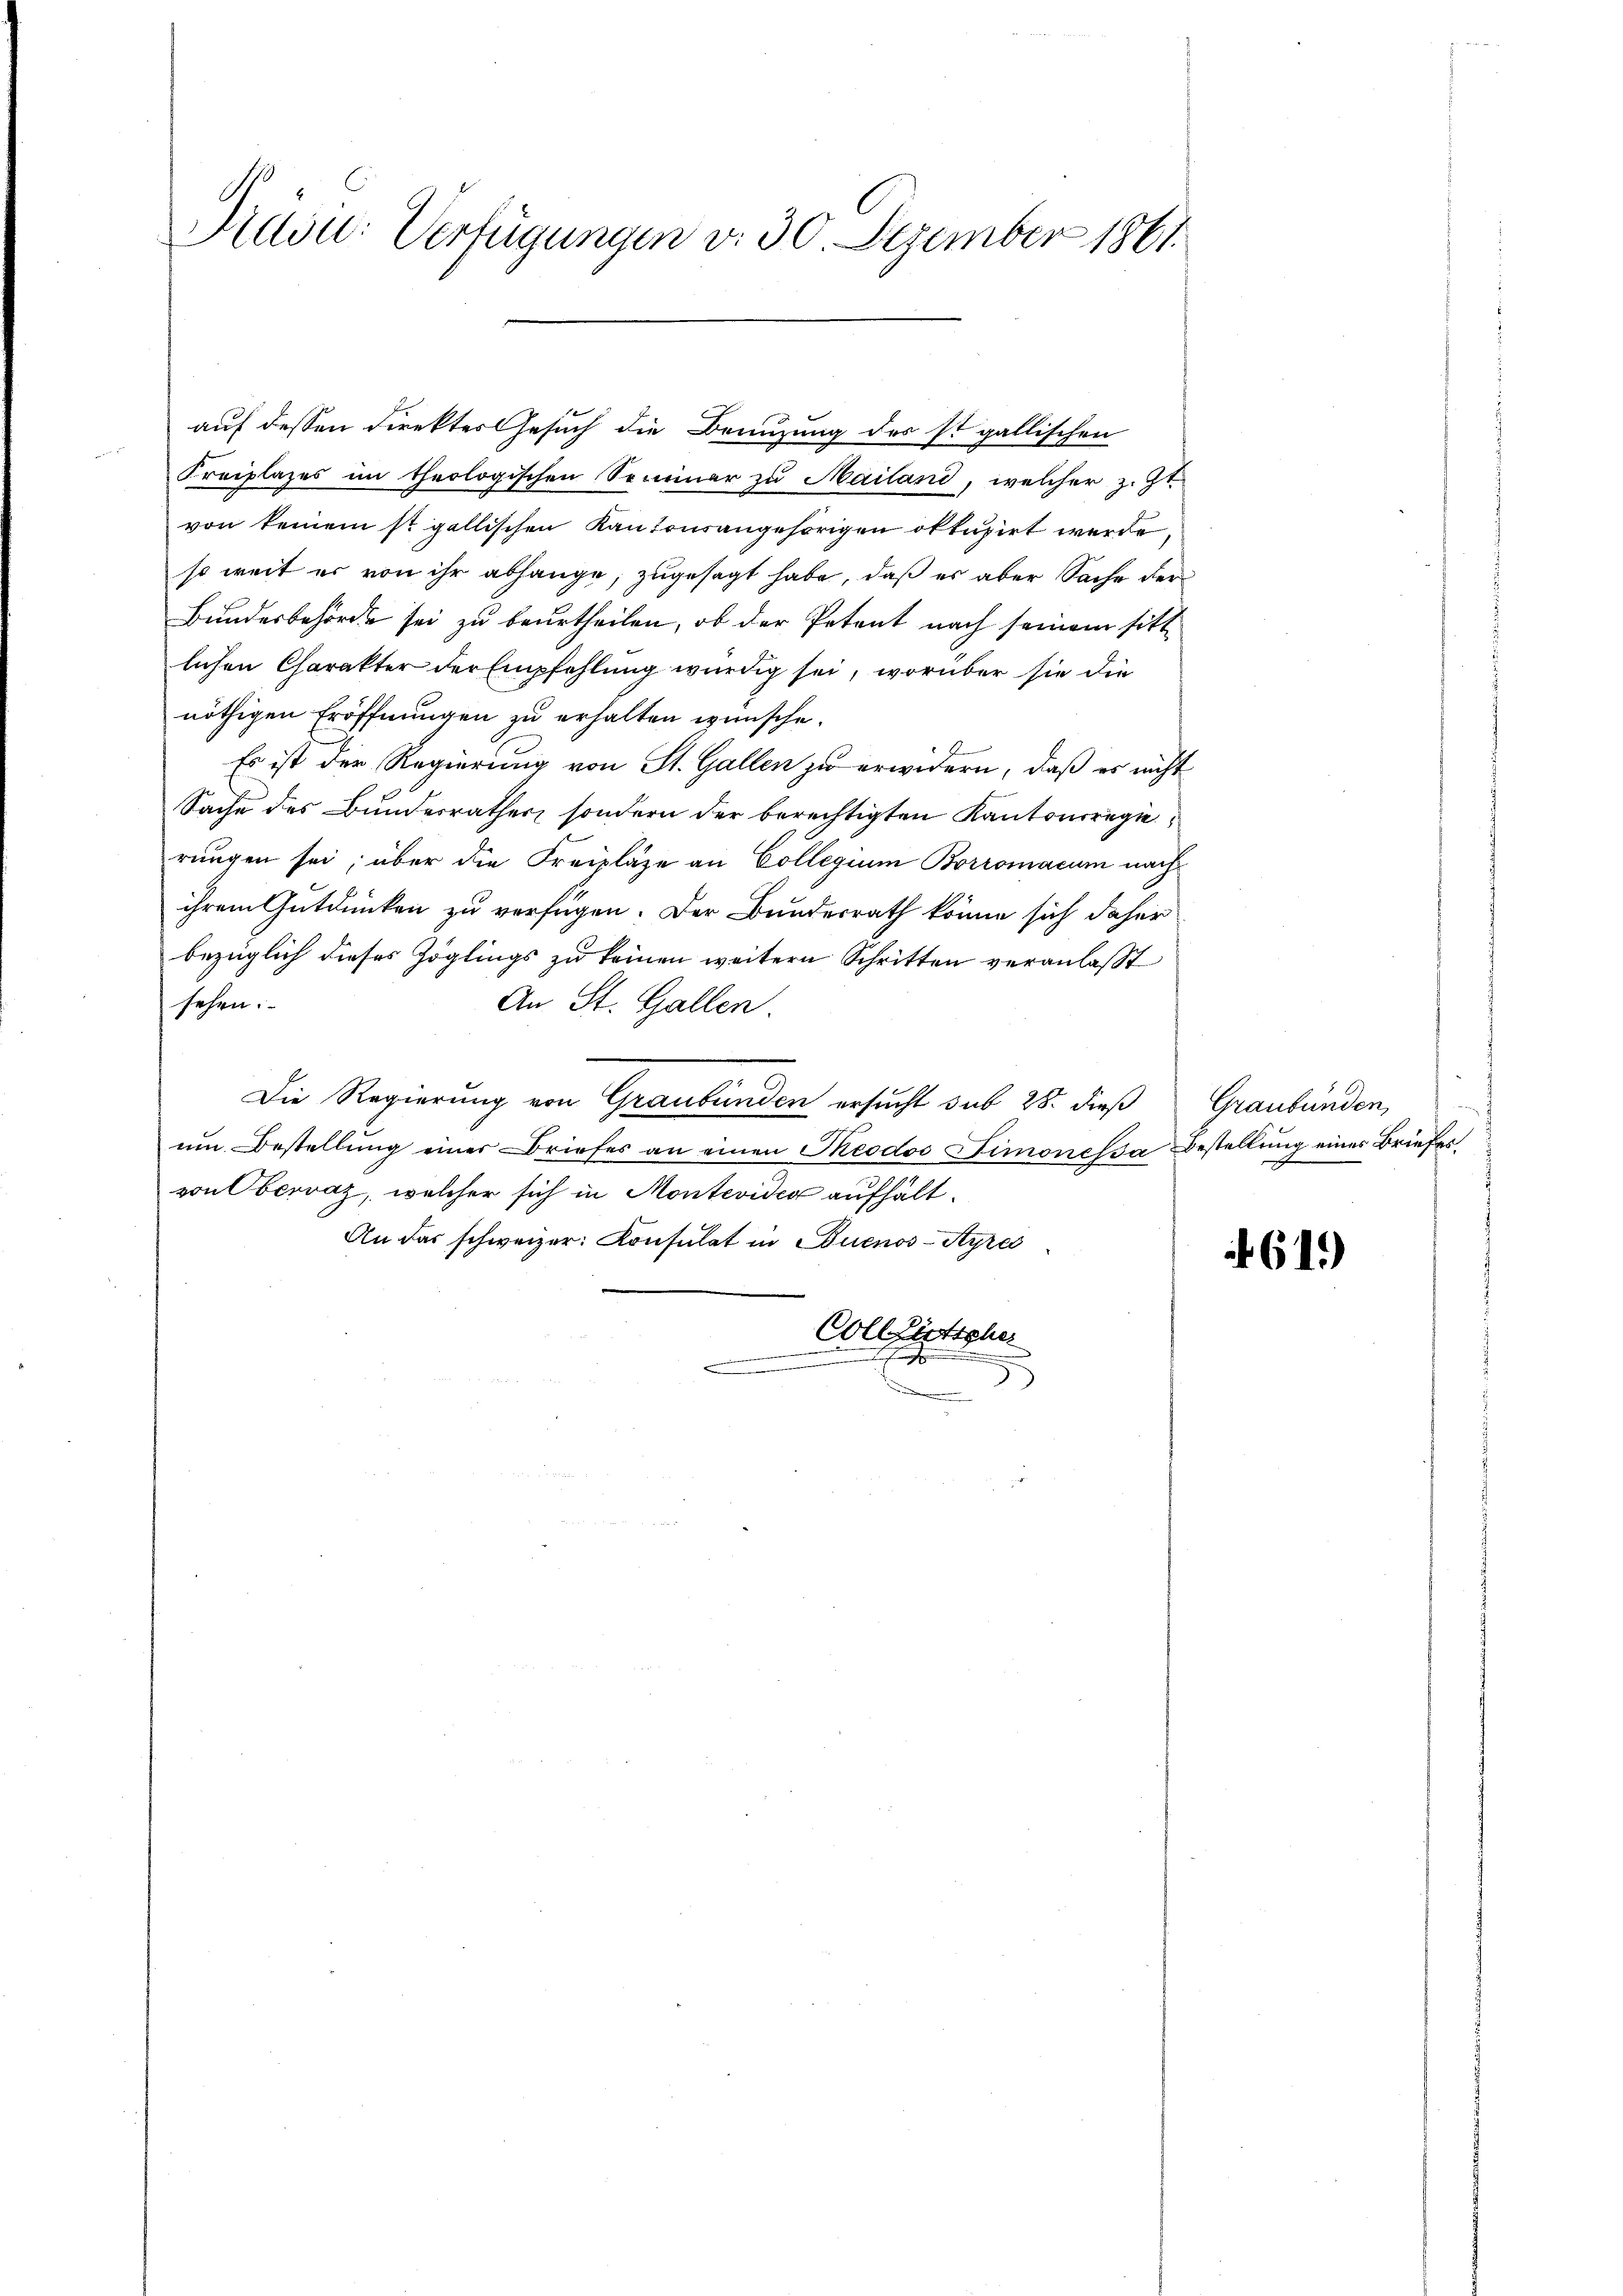
Didon: Verfügungen v. 30. Dezember 1861.

Kreiplazes im theologischen Seminar zu Mailand, welcher z. Zt.
von keinem st gallischen Kantonsangehörigen oktuzirt werde,
so weit er von ihr abhänge, zugesagt habe, daß es aber Sache der
Bundesbehörde sei zu beurtheilen, ob der Petent nach seinem sittlichen Charakter der Empfehlung würdig sei, worüber sie die
nöthigen Eröffnungen zu erhalten wünsche.
Es ist der Regierung von St. Gallen zu erwidern, daß er nicht
Sache des Bundesrathes, sondern der berechtigten Kantonsregierungen sei; über die Freizläze an Collegium Borromacum nach
ihrem Gutdünken zu verfügen. Der Bundesrath könne sich daher
bezüglich dieses Zöglings zu keinen weitern Schritten veranlasst
sehen.
An St. Gallen.
Die Regierung von Graubünden ersucht sub 28. dieß
um Bestellung einer Briefes an einen Theodor Simonessa Bestellung eines Briefesvon Obervaz, welcher sich in Montevide aufhält.
An das schweizer Konsulat in Buenos-Ayres
CollLütscher
s
.
.
5

auf dessen Direktes Gesuch die Benuzung des ist gallischen

Graubünden,

61.)